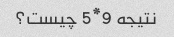
نتیجه 9*5 چیست؟